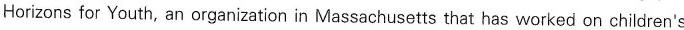
Horizons for Youth, an organization in Massachusetts that has worked on children's